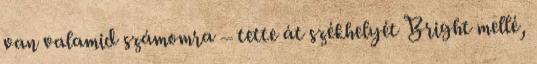
van valamid számomra – tette át székhelyét Bright mellé,